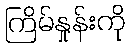
ကြိမ်နှုန်းကို